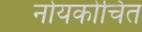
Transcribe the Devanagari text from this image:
नोयकोचित